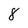
Character: 8